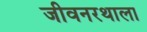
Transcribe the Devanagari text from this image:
जीवनरथाला